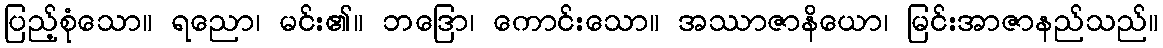
ပြည့်စုံသော။ ရညော၊ မင်း၏။ ဘဒြော၊ ကောင်းသော။ အဿာဇာနိယော၊ မြင်းအာဇာနည်သည်။